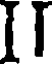
II